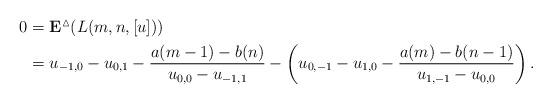
LaTeX: \begin{align*}\begin{aligned}0&=\bold{E}^{\vartriangle}(L(m,n,[u]))\\&=u_{-1,0}-u_{0,1}-\frac{a(m-1)-b(n)}{u_{0,0}-u_{-1,1}}-\left(u_{0,-1}-u_{1,0}-\frac{a(m)-b(n-1)}{u_{1,-1}-u_{0,0}}\right).\end{aligned}\end{align*}